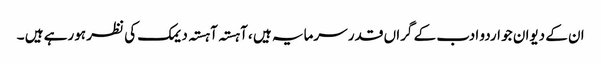
ان کے دیوان جو اردو ادب کے گراں قدر سرمایہ ہیں ، آہستہ آہستہ دیمک کی نظر ہورہے ہیں ۔